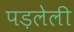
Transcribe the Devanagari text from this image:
पड़लेली